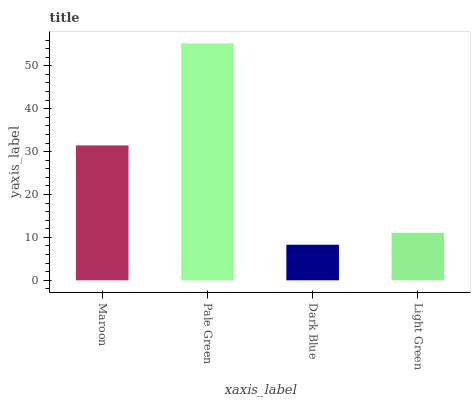
| xaxis_label | bars |
 | --- | --- |
 | Maroon | 31.4 |
 | Pale Green | 55.2 |
 | Dark Blue | 8.29 |
 | Light Green | 11.1 |